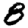
Digit: 8